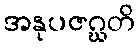
အနုပဇဂ္ဃတိ